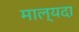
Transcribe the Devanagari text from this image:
माल्यदा